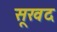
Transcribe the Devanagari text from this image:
सूखद